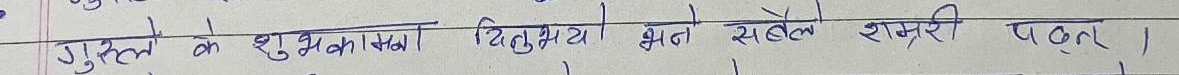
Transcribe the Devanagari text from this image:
गुल्ले के शुभकामना दितुया भते सबेळ शमग्री पळूठ।